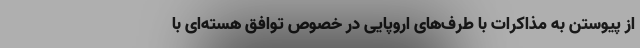
از پیوستن به مذاکرات با طرف‌های اروپایی در خصوص توافق هسته‌ای با